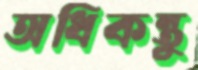
অধিকন্তু